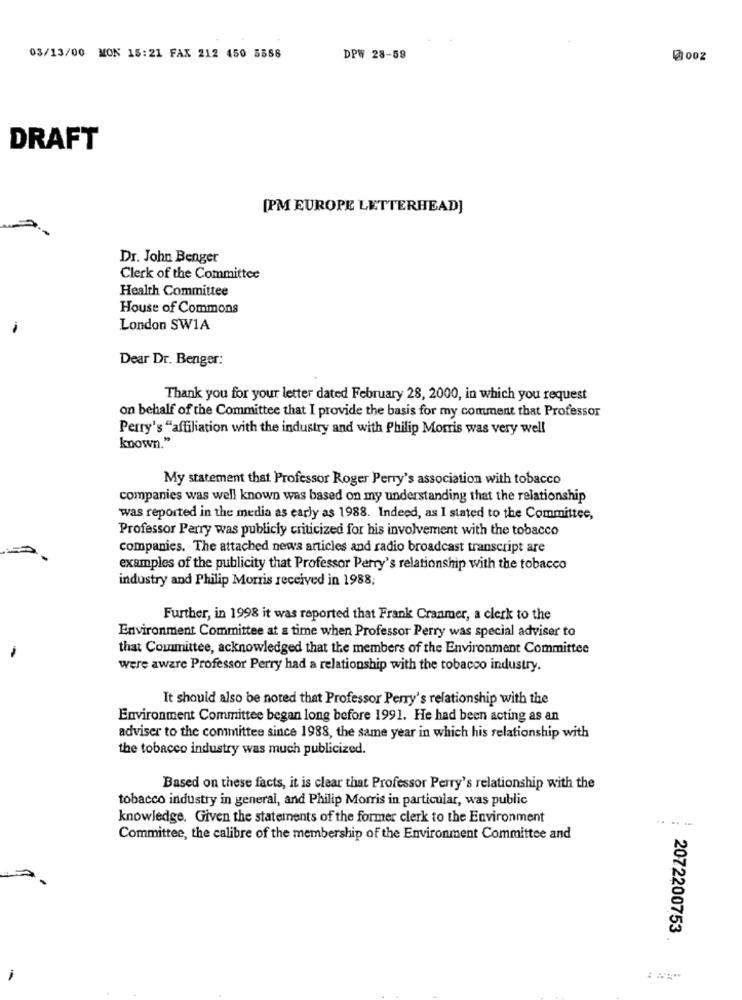
03/13/00 MON 15:21 FAX 212 450 5558
DPW 28-59
₩002
DRAFT
[PM EUROPE LETTERHEAD]
Dr. John Benger
Clerk of the Committee
Health Committee
House of Commons
London SWIA
Dear Dr. Benger:
Thank you for your letter dated February 28, 2000, in which you request
on behalf of the Committee that I provide the basis for my comment that Professor
Perry's "affiliation with the industry and with Philip Morris was very well
known."
My statement that Professor Roger Perry's association with tobacco
companies was well known was based on my understanding that the relationship
was reported in the media as early as 1988. Indeed, as I stated to the Committee,
Professor Parry was publicly criticized for his involvement with the tobacco
companies. The attached news articles and radio broadcast transcript are
examples of the publicity that Professor Perry's relationship with the tobacco
industry and Philip Morris received in 1988;
Further, in 1998 it was reported that Frank Cranmer, a clerk to the
Environment Committee at a time when Professor Perry was special adviser to
that Committee, acknowledged that the members of the Environment Committee
were aware Professor Perry had a relationship with the tobacco industry.
It should also be noted that Professor Perry's relationship with the
Environment Committee began long before 1991. He had been acting as an
adviser to the committee since 1988, the same year in which his relationship with
the tobacco industry was much publicized.
Based on these facts, it is clear that Professor Perry's relationship with the
tobacco industry in general, and Philip Morris in particular, was public
knowledge. Given the statements of the former clerk to the Environment
Committee, the calibre of the membership of the Environment Committee and
2072200753